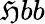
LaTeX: \mathfrak{H}bb